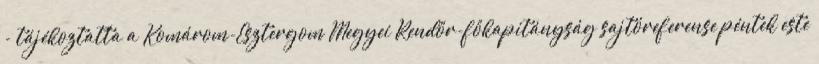
- tájékoztatta a Komárom-Esztergom Megyei Rendőr-főkapitányság sajtóreferense péntek este